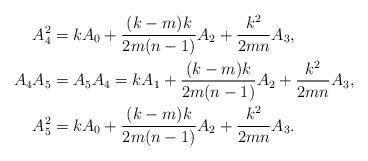
LaTeX: \begin{align*}A_4^2&=kA_0+\frac{(k-m) k}{2m (n-1)}A_2+\frac{k^2}{2m n}A_3, \\A_4A_5&=A_5A_4=kA_1+\frac{(k-m) k}{2m (n-1)}A_2+\frac{k^2}{2m n}A_3, \\A_5^2&=kA_0+\frac{(k-m) k}{2m (n-1)}A_2+\frac{k^2}{2m n}A_3.\end{align*}